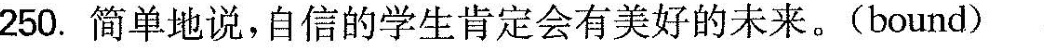
250.简单地说，自信的学生肯定会有美好的未来。(bound)